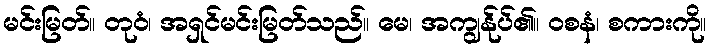
မင်းမြတ်။ တုဝံ၊ အရှင်မင်းမြတ်သည်။ မေ၊ အကျွန်ုပ်၏။ ဝစနံ၊ စကားကို။